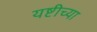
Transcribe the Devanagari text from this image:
यष्टीच्या